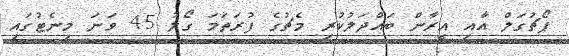
ޕޯޗުގަލް އާއި އީރާން ބައްދަލުކުރި މެޗުގެ ފުރަތަމަ ގޯލު 45 ވަނަ މިނެޓުގައި